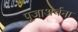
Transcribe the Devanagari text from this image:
पूजाअर्चना